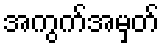
အကွက်အမှတ်